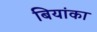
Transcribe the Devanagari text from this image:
बियांका